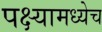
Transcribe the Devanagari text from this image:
पक्ष्यामध्येच